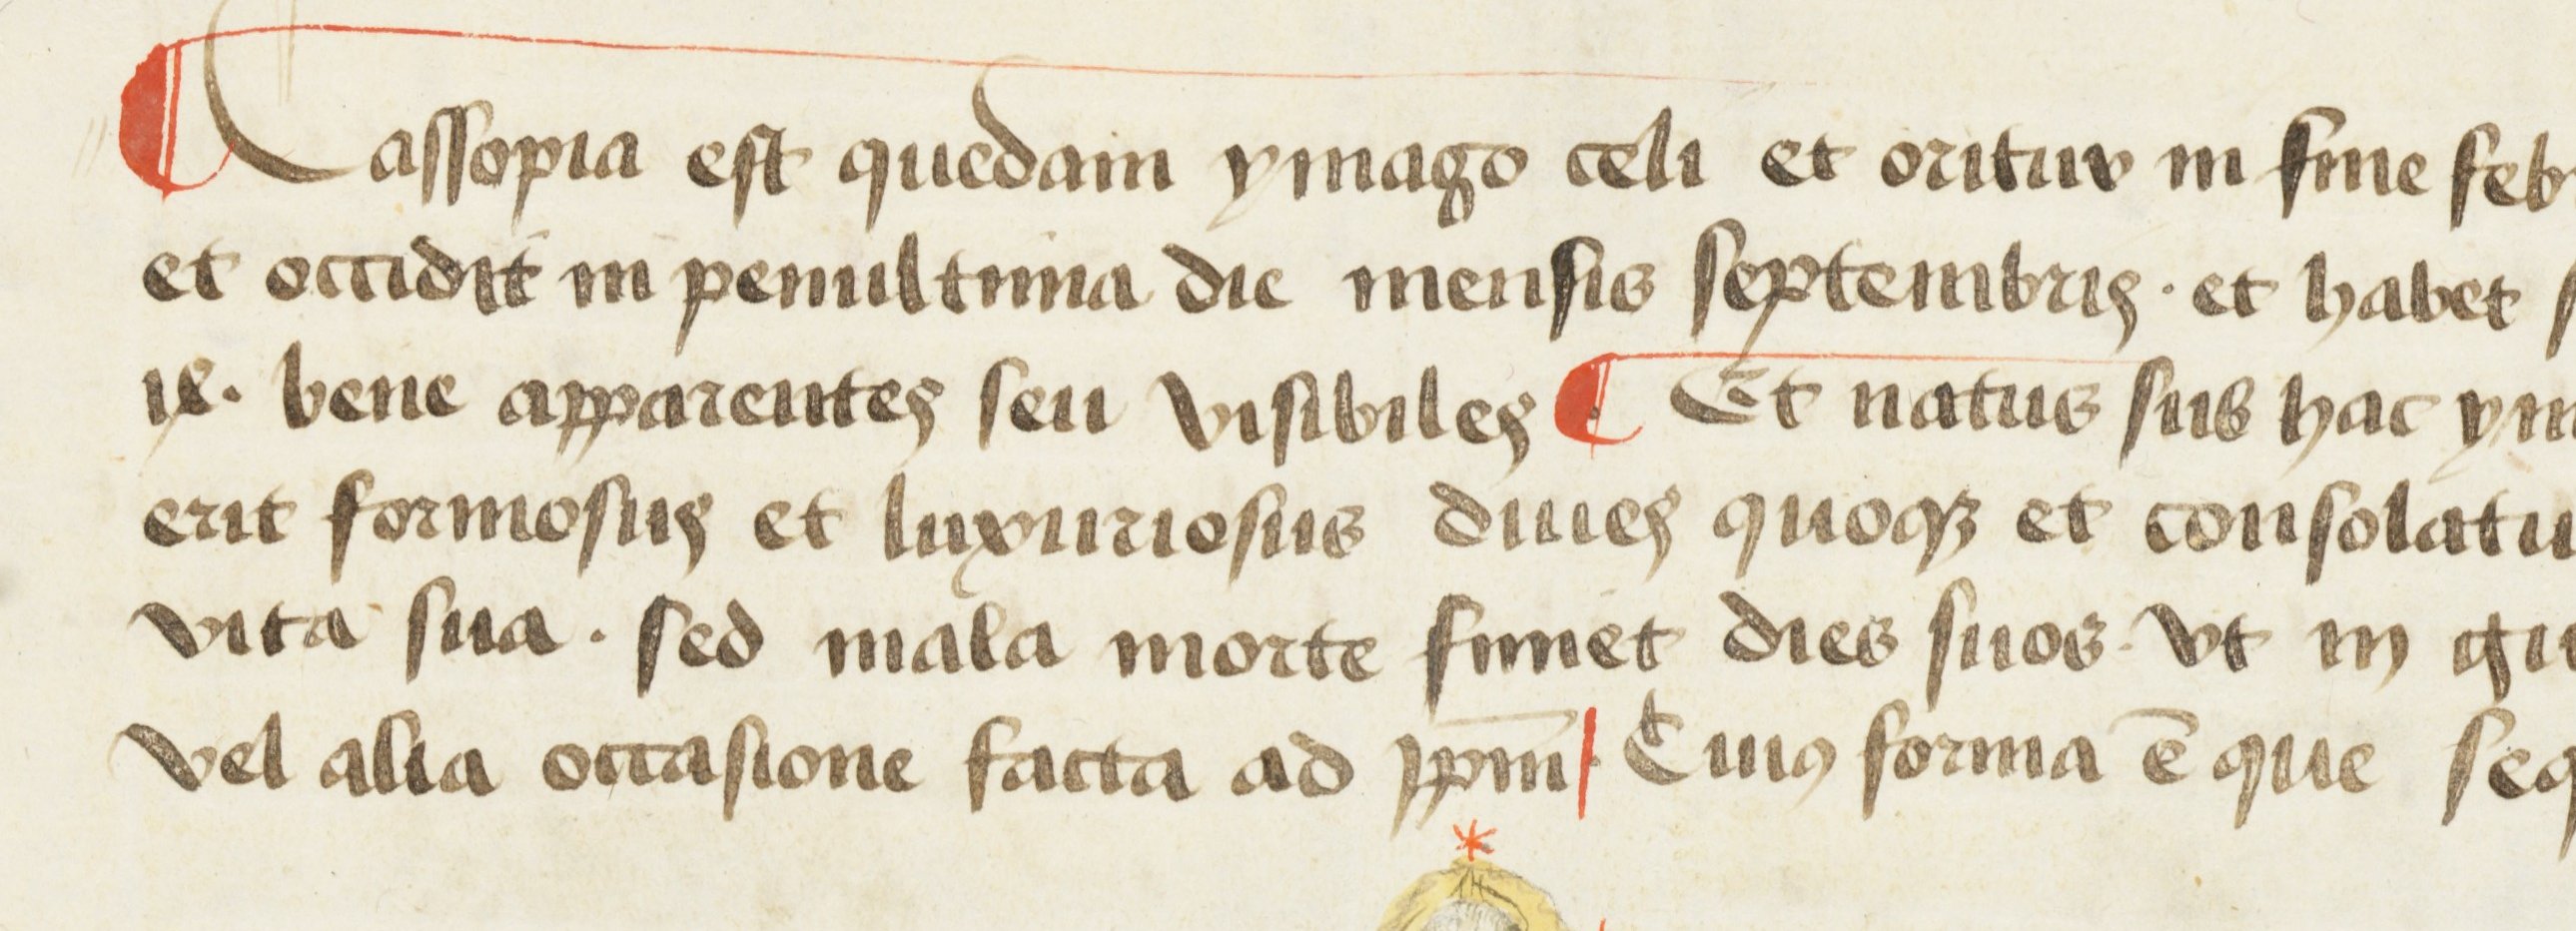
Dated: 1450–1474